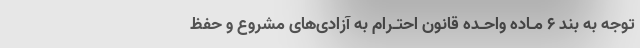
توجه به بند ۶ مـاده واحـده قانون احتـرام به آزادی‌های مشروع و حفظ